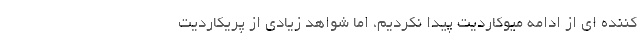
کننده ای از ادامه میوکاردیت پیدا نکردیم، اما شواهد زیادی از پریکاردیت